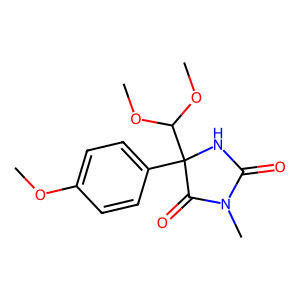
SMILES: COc1ccc(C2(C(OC)OC)NC(=O)N(C)C2=O)cc1
Inhibits HIV replication: No